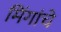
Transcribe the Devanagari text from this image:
मिंगांचे